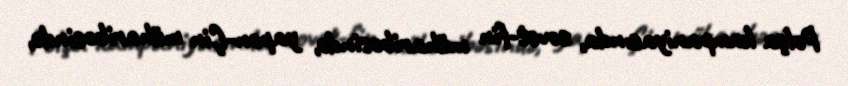
Polşa kampaniyasında, sovet-fin müharibəsində, yapon-Çin müharibəsində,